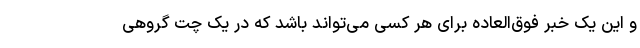
و این یک خبر فوق‌العاده برای هر کسی می‌تواند باشد که در یک چت گروهی